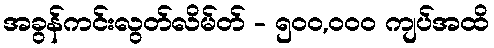
အခွန်ကင်းလွတ်လိမ်တ် - ၅၀၀,၀၀၀ ကျပ်အထိ